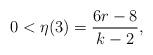
LaTeX: \begin{align*}0 < \eta(3) = \frac{ 6r-8}{k-2},\end{align*}